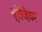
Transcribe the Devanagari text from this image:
ब्रेजियर